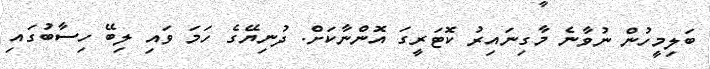
ބަލިމީހުން ނުވާނެ މާގިނައިރު ކޮޓަރީގަ އޮންނާކަށް. ދުނިޔޭގެ ހަމަ ވައި ލިބޭ ހިސާބުގައި